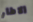
الاطار